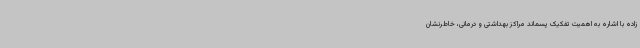
زاده با اشاره به اهمیت تفکیک پسماند مراکز بهداشتی و درمانی، خاطرنشان